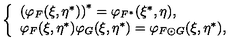
\left\{ \begin{array} { l } { \left( \varphi _ { F } ( \xi , \eta ^ { * } ) \right) ^ { * } = \varphi _ { F ^ { * } } ( \xi ^ { * } , \eta ) , } \\ { \varphi _ { F } ( \xi , \eta ^ { * } ) \varphi _ { G } ( \xi , \eta ^ { * } ) = \varphi _ { F \odot G } ( \xi , \eta ^ { * } ) , } \\ \end{array} \right.